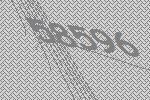
58596